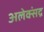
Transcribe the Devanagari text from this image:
अलेक्संद्र